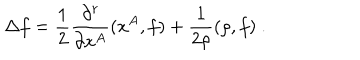
LaTeX: \Delta f = \frac { 1 } { 2 } \frac { \partial ^ { r } } { \partial x ^ { A } } ( x ^ { A } , f ) + \frac { 1 } { 2 \rho } ( \rho , f ) ~ .